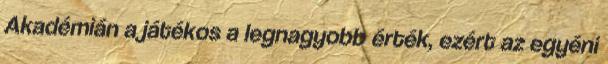
Akadémián a játékos a legnagyobb érték, ezért az egyéni